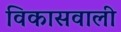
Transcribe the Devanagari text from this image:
विकासवाली